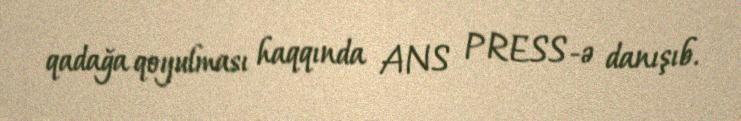
qadağa qoyulması haqqında ANS PRESS-ə danışıb.